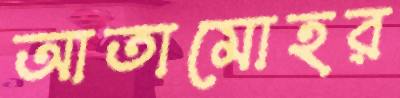
আতামোহর